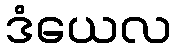
ဒံယေလ